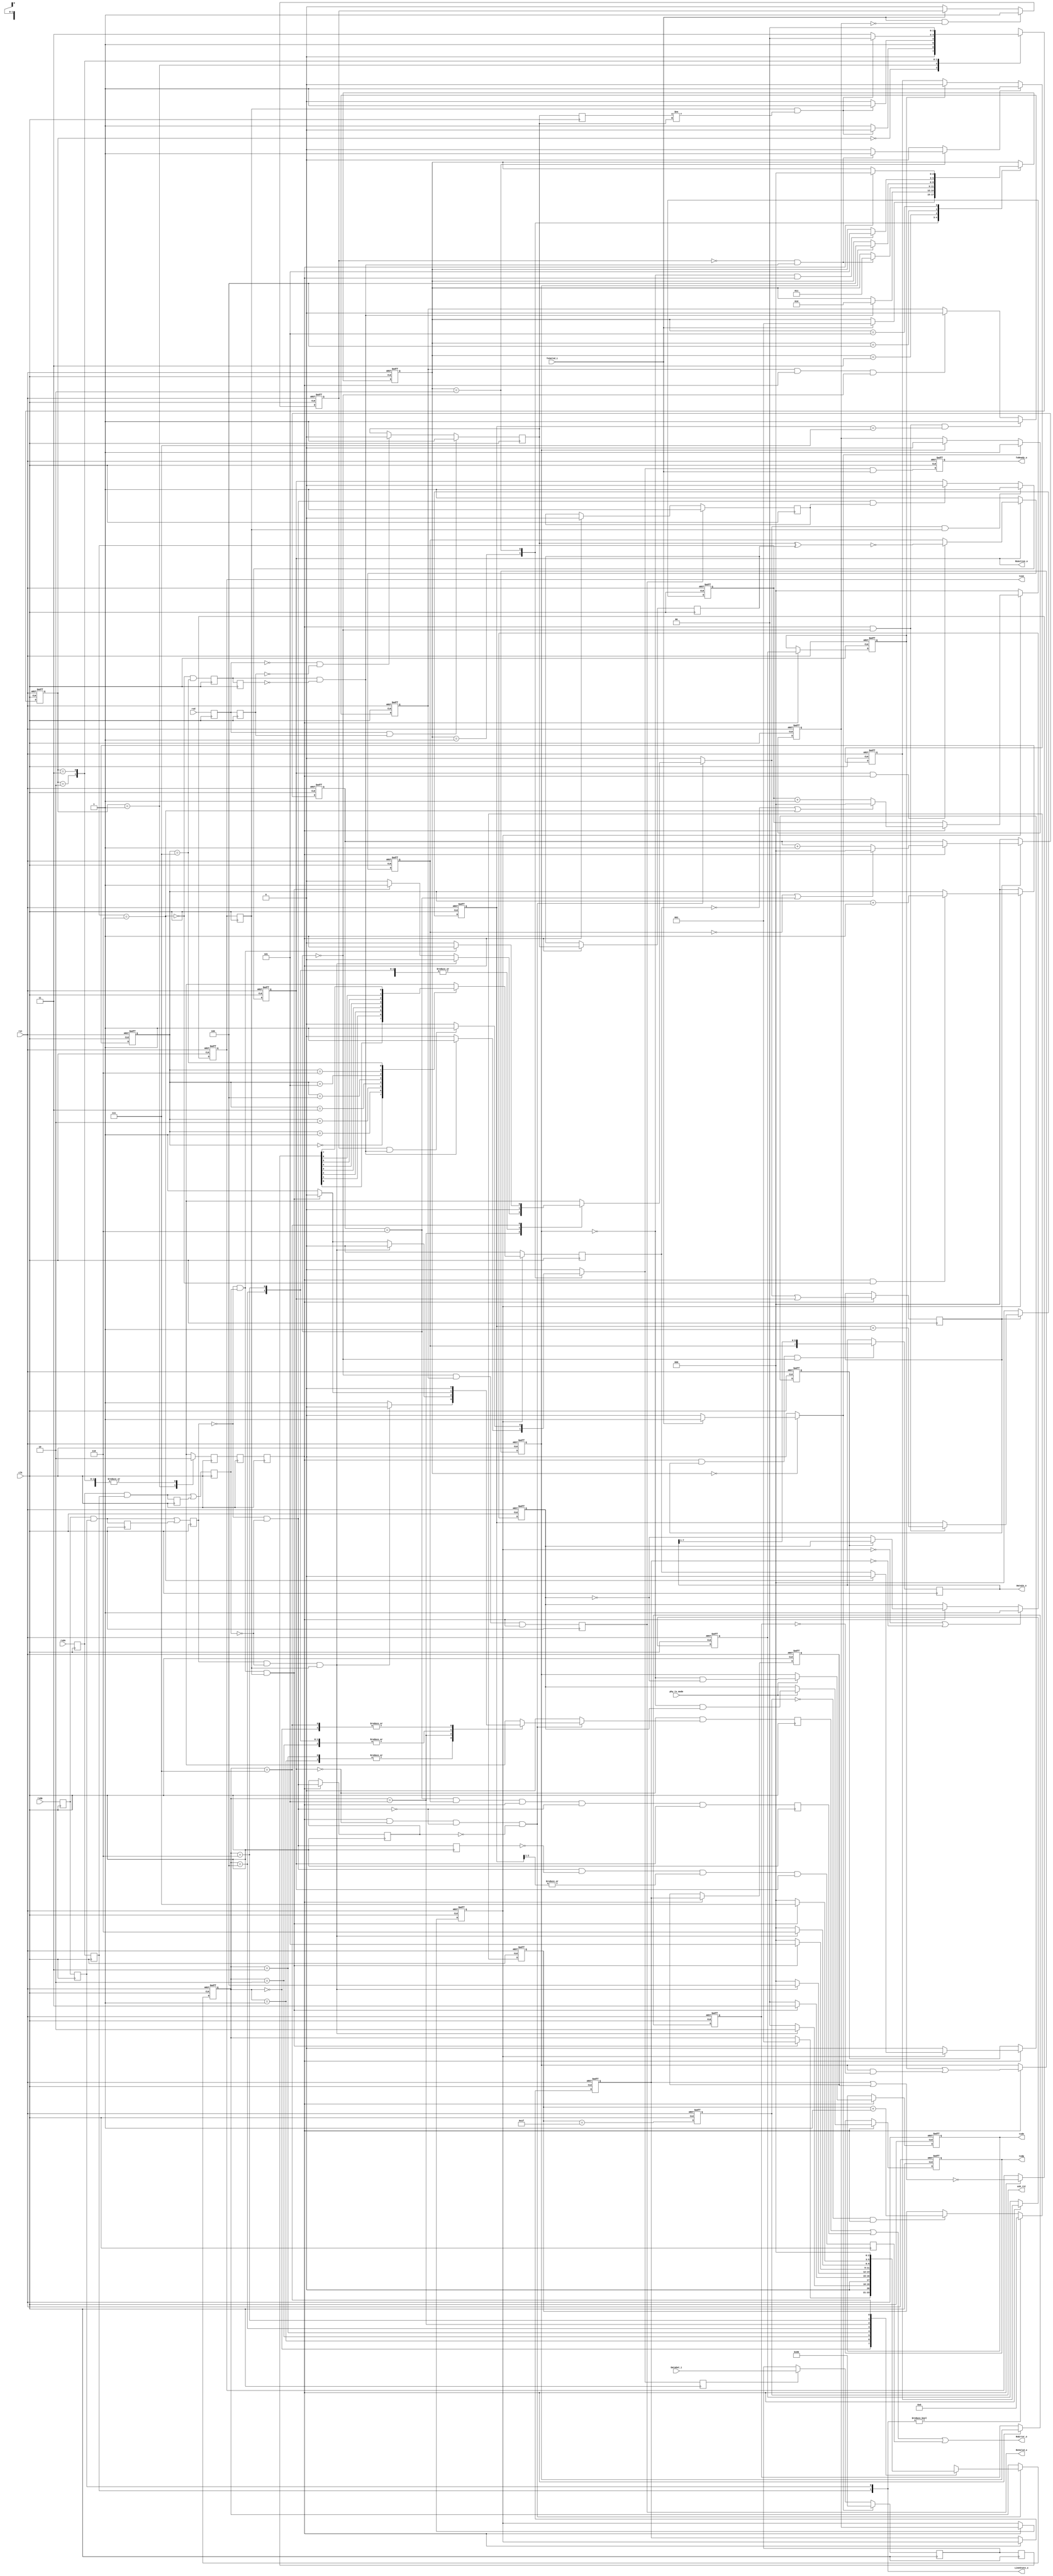
module usb_phy(
        clk,
        rst,
        phy_tx_mode,
        usb_rst,
        txdp,
        txdn,
        txoe,
        rxd,
        rxdp,
        rxdn,
        DataOut_i,
        TxValid_i,
        TxReady_o,
        RxValid_o,
        RxActive_o,
        RxError_o,
        DataIn_o,
        LineState_o
    );
    parameter i_tx_phy_IDLE  = 3'd0;
    parameter i_tx_phy_SOP  = 3'h1;
    parameter i_tx_phy_DATA  = 3'h2;
    parameter i_tx_phy_EOP1  = 3'h3;
    parameter i_tx_phy_EOP2  = 3'h4;
    parameter i_tx_phy_WAIT  = 3'h5;
    parameter i_rx_phy_FS_IDLE  = 3'h0;
    parameter i_rx_phy_K1  = 3'h1;
    parameter i_rx_phy_J1  = 3'h2;
    parameter i_rx_phy_K2  = 3'h3;
    parameter i_rx_phy_J2  = 3'h4;
    parameter i_rx_phy_K3  = 3'h5;
    parameter i_rx_phy_J3  = 3'h6;
    parameter i_rx_phy_K4  = 3'h7;
    input clk;
    input rst;
    input phy_tx_mode;
    output usb_rst;
    output txdp;
    output txdn;
    output txoe;
    input rxd;
    input rxdp;
    input rxdn;
    input [7:0]DataOut_i;
    input TxValid_i;
    output TxReady_o;
    output RxValid_o;
    output RxActive_o;
    output RxError_o;
    output [7:0]DataIn_o;
    output [1:0]LineState_o;
    reg [4:0]rst_cnt;
    reg usb_rst;
    reg i_tx_phy_TxReady_o;
    reg [2:0]i_tx_phy_state;
    reg [2:0]i_tx_phy_next_state;
    reg i_tx_phy_tx_ready_d;
    reg i_tx_phy_ld_sop_d;
    reg i_tx_phy_ld_data_d;
    reg i_tx_phy_ld_eop_d;
    reg i_tx_phy_tx_ip;
    reg i_tx_phy_tx_ip_sync;
    reg [2:0]i_tx_phy_bit_cnt;
    reg [7:0]i_tx_phy_hold_reg;
    reg [7:0]i_tx_phy_hold_reg_d;
    reg i_tx_phy_sd_raw_o;
    reg i_tx_phy_data_done;
    reg i_tx_phy_sft_done;
    reg i_tx_phy_sft_done_r;
    reg i_tx_phy_ld_data;
    reg [2:0]i_tx_phy_one_cnt;
    wire i_tx_phy_stuff;
    reg i_tx_phy_sd_bs_o;
    reg i_tx_phy_sd_nrzi_o;
    reg i_tx_phy_append_eop;
    reg i_tx_phy_append_eop_sync1;
    reg i_tx_phy_append_eop_sync2;
    reg i_tx_phy_append_eop_sync3;
    reg i_tx_phy_append_eop_sync4;
    reg i_tx_phy_txdp;
    reg i_tx_phy_txdn;
    reg i_tx_phy_txoe_r1;
    reg i_tx_phy_txoe_r2;
    reg i_tx_phy_txoe;
    reg i_rx_phy_rxd_s0;
    reg i_rx_phy_rxd_s1;
    reg i_rx_phy_rxd_s;
    reg i_rx_phy_rxdp_s0;
    reg i_rx_phy_rxdp_s1;
    reg i_rx_phy_rxdp_s;
    reg i_rx_phy_rxdp_s_r;
    reg i_rx_phy_rxdn_s0;
    reg i_rx_phy_rxdn_s1;
    reg i_rx_phy_rxdn_s;
    reg i_rx_phy_rxdn_s_r;
    reg i_rx_phy_synced_d;
    reg i_rx_phy_rxd_r;
    reg i_rx_phy_rx_en;
    reg i_rx_phy_rx_active;
    reg [2:0]i_rx_phy_bit_cnt;
    reg i_rx_phy_rx_valid1;
    reg i_rx_phy_rx_valid;
    reg i_rx_phy_shift_en;
    reg i_rx_phy_sd_r;
    reg i_rx_phy_sd_nrzi;
    reg [7:0]i_rx_phy_hold_reg;
    reg [2:0]i_rx_phy_one_cnt;
    reg [1:0]i_rx_phy_dpll_state;
    reg [1:0]i_rx_phy_dpll_next_state;
    reg i_rx_phy_fs_ce_d;
    reg i_rx_phy_fs_ce;
    reg [2:0]i_rx_phy_fs_state;
    reg [2:0]i_rx_phy_fs_next_state;
    reg i_rx_phy_rx_valid_r;
    reg i_rx_phy_sync_err_d;
    reg i_rx_phy_sync_err;
    reg i_rx_phy_bit_stuff_err;
    reg i_rx_phy_se0_r;
    reg i_rx_phy_byte_err;
    reg i_rx_phy_se0_s;
    reg i_rx_phy_fs_ce_r1;
    reg i_rx_phy_fs_ce_r2;
    always @ (  posedge clk or  negedge rst)
    begin
        if (  !( rst) ) 
        begin
            rst_cnt <= 5'h0;
        end
        else
        begin 
            if ( LineState_o != 2'h0 ) 
            begin
                rst_cnt <= 5'h0;
            end
            else
            begin 
                if (  !( usb_rst) && i_rx_phy_fs_ce ) 
                begin
                    rst_cnt <= ( rst_cnt + 5'h1 );
                end
            end
        end
    end
    always @ (  posedge clk or  negedge rst)
    begin
        if (  !( rst) ) 
        begin
            usb_rst <= 1'b0;
        end
        else
        begin 
            usb_rst <= ( rst_cnt == 5'h1f );
        end
    end
    assign txdp = i_tx_phy_txdp;
    assign txdn = i_tx_phy_txdn;
    assign txoe = i_tx_phy_txoe;
    assign TxReady_o = i_tx_phy_TxReady_o;
    always @ (  posedge clk or  negedge rst)
    begin
        if (  !( rst) ) 
        begin
            i_tx_phy_TxReady_o <= 1'b0;
        end
        else
        begin 
            i_tx_phy_TxReady_o <= ( i_tx_phy_tx_ready_d & TxValid_i );
        end
    end
    always @ (  posedge clk)
    begin
        i_tx_phy_ld_data <= i_tx_phy_ld_data_d;
    end
    always @ (  posedge clk or  negedge rst)
    begin
        if (  !( rst) ) 
        begin
            i_tx_phy_tx_ip <= 1'b0;
        end
        else
        begin 
            if ( i_tx_phy_ld_sop_d ) 
            begin
                i_tx_phy_tx_ip <= 1'b1;
            end
            else
            begin 
                if ( i_tx_phy_append_eop_sync3 ) 
                begin
                    i_tx_phy_tx_ip <= 1'b0;
                end
            end
        end
    end
    always @ (  posedge clk or  negedge rst)
    begin
        if (  !( rst) ) 
        begin
            i_tx_phy_tx_ip_sync <= 1'b0;
        end
        else
        begin 
            if ( i_rx_phy_fs_ce ) 
            begin
                i_tx_phy_tx_ip_sync <= i_tx_phy_tx_ip;
            end
        end
    end
    always @ (  posedge clk or  negedge rst)
    begin
        if (  !( rst) ) 
        begin
            i_tx_phy_data_done <= 1'b0;
        end
        else
        begin 
            if ( TxValid_i &&  !( i_tx_phy_tx_ip) ) 
            begin
                i_tx_phy_data_done <= 1'b1;
            end
            else
            begin 
                if (  !( TxValid_i) ) 
                begin
                    i_tx_phy_data_done <= 1'b0;
                end
            end
        end
    end
    always @ (  posedge clk or  negedge rst)
    begin
        if (  !( rst) ) 
        begin
            i_tx_phy_bit_cnt <= 3'h0;
        end
        else
        begin 
            if (  !( i_tx_phy_tx_ip_sync) ) 
            begin
                i_tx_phy_bit_cnt <= 3'h0;
            end
            else
            begin 
                if ( i_rx_phy_fs_ce &&  !( i_tx_phy_stuff) ) 
                begin
                    i_tx_phy_bit_cnt <= ( i_tx_phy_bit_cnt + 3'h1 );
                end
            end
        end
    end
    always @ (  posedge clk)
    begin
        if (  !( i_tx_phy_tx_ip_sync) ) 
        begin
            i_tx_phy_sd_raw_o <= 1'b0;
        end
        else
        begin 
            case ( i_tx_phy_bit_cnt ) 
            3'h0:
            begin
                i_tx_phy_sd_raw_o <= i_tx_phy_hold_reg_d[0];
            end
            3'h1:
            begin
                i_tx_phy_sd_raw_o <= i_tx_phy_hold_reg_d[1];
            end
            3'h2:
            begin
                i_tx_phy_sd_raw_o <= i_tx_phy_hold_reg_d[2];
            end
            3'h3:
            begin
                i_tx_phy_sd_raw_o <= i_tx_phy_hold_reg_d[3];
            end
            3'h4:
            begin
                i_tx_phy_sd_raw_o <= i_tx_phy_hold_reg_d[4];
            end
            3'h5:
            begin
                i_tx_phy_sd_raw_o <= i_tx_phy_hold_reg_d[5];
            end
            3'h6:
            begin
                i_tx_phy_sd_raw_o <= i_tx_phy_hold_reg_d[6];
            end
            3'h7:
            begin
                i_tx_phy_sd_raw_o <= i_tx_phy_hold_reg_d[7];
            end
            endcase
        end
    end
    always @ (  posedge clk)
    begin
        i_tx_phy_sft_done <= (  !( ( i_tx_phy_one_cnt == 3'h6 )) & ( i_tx_phy_bit_cnt == 3'h7 ) );
    end
    always @ (  posedge clk)
    begin
        i_tx_phy_sft_done_r <= i_tx_phy_sft_done;
    end
    always @ (  posedge clk)
    begin
        if ( i_tx_phy_ld_sop_d ) 
        begin
            i_tx_phy_hold_reg <= 8'h80;
        end
        else
        begin 
            if ( i_tx_phy_ld_data ) 
            begin
                i_tx_phy_hold_reg <= DataOut_i;
            end
        end
    end
    always @ (  posedge clk)
    begin
        i_tx_phy_hold_reg_d <= i_tx_phy_hold_reg;
    end
    always @ (  posedge clk or  negedge rst)
    begin
        if (  !( rst) ) 
        begin
            i_tx_phy_one_cnt <= 3'h0;
        end
        else
        begin 
            if (  !( i_tx_phy_tx_ip_sync) ) 
            begin
                i_tx_phy_one_cnt <= 3'h0;
            end
            else
            begin 
                if ( i_rx_phy_fs_ce ) 
                begin
                    if (  !( i_tx_phy_sd_raw_o) || ( i_tx_phy_one_cnt == 3'h6 ) ) 
                    begin
                        i_tx_phy_one_cnt <= 3'h0;
                    end
                    else
                    begin 
                        i_tx_phy_one_cnt <= ( i_tx_phy_one_cnt + 3'h1 );
                    end
                end
            end
        end
    end
    assign i_tx_phy_stuff = ( i_tx_phy_one_cnt == 3'h6 );
    always @ (  posedge clk or  negedge rst)
    begin
        if (  !( rst) ) 
        begin
            i_tx_phy_sd_bs_o <= 1'h0;
        end
        else
        begin 
            if ( i_rx_phy_fs_ce ) 
            begin
                i_tx_phy_sd_bs_o <= ( (  !( i_tx_phy_tx_ip_sync) ) ? ( 1'b0 ) : ( ( ( ( i_tx_phy_one_cnt == 3'h6 ) ) ? ( 1'b0 ) : ( i_tx_phy_sd_raw_o ) ) ) );
            end
        end
    end
    always @ (  posedge clk or  negedge rst)
    begin
        if (  !( rst) ) 
        begin
            i_tx_phy_sd_nrzi_o <= 1'b1;
        end
        else
        begin 
            if (  !( i_tx_phy_tx_ip_sync) ||  !( i_tx_phy_txoe_r1) ) 
            begin
                i_tx_phy_sd_nrzi_o <= 1'b1;
            end
            else
            begin 
                if ( i_rx_phy_fs_ce ) 
                begin
                    i_tx_phy_sd_nrzi_o <= ( ( i_tx_phy_sd_bs_o ) ? ( i_tx_phy_sd_nrzi_o ) : (  ~( i_tx_phy_sd_nrzi_o) ) );
                end
            end
        end
    end
    always @ (  posedge clk or  negedge rst)
    begin
        if (  !( rst) ) 
        begin
            i_tx_phy_append_eop <= 1'b0;
        end
        else
        begin 
            if ( i_tx_phy_ld_eop_d ) 
            begin
                i_tx_phy_append_eop <= 1'b1;
            end
            else
            begin 
                if ( i_tx_phy_append_eop_sync2 ) 
                begin
                    i_tx_phy_append_eop <= 1'b0;
                end
            end
        end
    end
    always @ (  posedge clk or  negedge rst)
    begin
        if (  !( rst) ) 
        begin
            i_tx_phy_append_eop_sync1 <= 1'b0;
        end
        else
        begin 
            if ( i_rx_phy_fs_ce ) 
            begin
                i_tx_phy_append_eop_sync1 <= i_tx_phy_append_eop;
            end
        end
    end
    always @ (  posedge clk or  negedge rst)
    begin
        if (  !( rst) ) 
        begin
            i_tx_phy_append_eop_sync2 <= 1'b0;
        end
        else
        begin 
            if ( i_rx_phy_fs_ce ) 
            begin
                i_tx_phy_append_eop_sync2 <= i_tx_phy_append_eop_sync1;
            end
        end
    end
    always @ (  posedge clk or  negedge rst)
    begin
        if (  !( rst) ) 
        begin
            i_tx_phy_append_eop_sync3 <= 1'b0;
        end
        else
        begin 
            if ( i_rx_phy_fs_ce ) 
            begin
                i_tx_phy_append_eop_sync3 <= ( i_tx_phy_append_eop_sync2 | ( i_tx_phy_append_eop_sync3 &  !( i_tx_phy_append_eop_sync4) ) );
            end
        end
    end
    always @ (  posedge clk or  negedge rst)
    begin
        if (  !( rst) ) 
        begin
            i_tx_phy_append_eop_sync4 <= 1'b0;
        end
        else
        begin 
            if ( i_rx_phy_fs_ce ) 
            begin
                i_tx_phy_append_eop_sync4 <= i_tx_phy_append_eop_sync3;
            end
        end
    end
    always @ (  posedge clk or  negedge rst)
    begin
        if (  !( rst) ) 
        begin
            i_tx_phy_txoe_r1 <= 1'b0;
        end
        else
        begin 
            if ( i_rx_phy_fs_ce ) 
            begin
                i_tx_phy_txoe_r1 <= i_tx_phy_tx_ip_sync;
            end
        end
    end
    always @ (  posedge clk or  negedge rst)
    begin
        if (  !( rst) ) 
        begin
            i_tx_phy_txoe_r2 <= 1'b0;
        end
        else
        begin 
            if ( i_rx_phy_fs_ce ) 
            begin
                i_tx_phy_txoe_r2 <= i_tx_phy_txoe_r1;
            end
        end
    end
    always @ (  posedge clk or  negedge rst)
    begin
        if (  !( rst) ) 
        begin
            i_tx_phy_txoe <= 1'b1;
        end
        else
        begin 
            if ( i_rx_phy_fs_ce ) 
            begin
                i_tx_phy_txoe <=  !( ( i_tx_phy_txoe_r1 | i_tx_phy_txoe_r2 ));
            end
        end
    end
    always @ (  posedge clk or  negedge rst)
    begin
        if (  !( rst) ) 
        begin
            i_tx_phy_txdp <= 1'b1;
        end
        else
        begin 
            if ( i_rx_phy_fs_ce ) 
            begin
                i_tx_phy_txdp <= ( ( phy_tx_mode ) ? ( (  !( i_tx_phy_append_eop_sync3) & i_tx_phy_sd_nrzi_o ) ) : ( i_tx_phy_sd_nrzi_o ) );
            end
        end
    end
    always @ (  posedge clk or  negedge rst)
    begin
        if (  !( rst) ) 
        begin
            i_tx_phy_txdn <= 1'b0;
        end
        else
        begin 
            if ( i_rx_phy_fs_ce ) 
            begin
                i_tx_phy_txdn <= ( ( phy_tx_mode ) ? ( (  !( i_tx_phy_append_eop_sync3) &  ~( i_tx_phy_sd_nrzi_o) ) ) : ( i_tx_phy_append_eop_sync3 ) );
            end
        end
    end
    always @ (  posedge clk or  negedge rst)
    begin
        if (  !( rst) ) 
        begin
            i_tx_phy_state <= i_tx_phy_IDLE;
        end
        else
        begin 
            i_tx_phy_state <= i_tx_phy_next_state;
        end
    end
    always @ (  i_tx_phy_state or  TxValid_i or  i_tx_phy_data_done or  ( i_tx_phy_sft_done &  !( i_tx_phy_sft_done_r) ) or  i_tx_phy_append_eop_sync3 or  i_rx_phy_fs_ce)
    begin
        i_tx_phy_next_state = i_tx_phy_state;
        i_tx_phy_tx_ready_d = 1'b0;
        i_tx_phy_ld_sop_d = 1'b0;
        i_tx_phy_ld_data_d = 1'b0;
        i_tx_phy_ld_eop_d = 1'b0;
        case ( i_tx_phy_state ) 
        i_tx_phy_IDLE:
        begin
            if ( TxValid_i ) 
            begin
                i_tx_phy_ld_sop_d = 1'b1;
                i_tx_phy_next_state = i_tx_phy_SOP;
            end
        end
        i_tx_phy_SOP:
        begin
            if ( i_tx_phy_sft_done &  !( i_tx_phy_sft_done_r) ) 
            begin
                i_tx_phy_tx_ready_d = 1'b1;
                i_tx_phy_ld_data_d = 1'b1;
                i_tx_phy_next_state = i_tx_phy_DATA;
            end
        end
        i_tx_phy_DATA:
        begin
            if (  !( i_tx_phy_data_done) && ( i_tx_phy_sft_done &  !( i_tx_phy_sft_done_r) ) ) 
            begin
                i_tx_phy_ld_eop_d = 1'b1;
                i_tx_phy_next_state = i_tx_phy_EOP1;
            end
            if ( i_tx_phy_data_done && ( i_tx_phy_sft_done &  !( i_tx_phy_sft_done_r) ) ) 
            begin
                i_tx_phy_tx_ready_d = 1'b1;
                i_tx_phy_ld_data_d = 1'b1;
            end
        end
        i_tx_phy_EOP1:
        begin
            if ( i_tx_phy_append_eop_sync3 ) 
            begin
                i_tx_phy_next_state = i_tx_phy_EOP2;
            end
        end
        i_tx_phy_EOP2:
        begin
            if (  !( i_tx_phy_append_eop_sync3) && i_rx_phy_fs_ce ) 
            begin
                i_tx_phy_next_state = i_tx_phy_WAIT;
            end
        end
        i_tx_phy_WAIT:
        begin
            if ( i_rx_phy_fs_ce ) 
            begin
                i_tx_phy_next_state = i_tx_phy_IDLE;
            end
        end
        endcase
    end
    assign DataIn_o = i_rx_phy_hold_reg;
    assign RxValid_o = i_rx_phy_rx_valid;
    assign RxActive_o = i_rx_phy_rx_active;
    assign RxError_o = ( ( i_rx_phy_sync_err | i_rx_phy_bit_stuff_err ) | i_rx_phy_byte_err );
    assign LineState_o = { i_rx_phy_rxdn_s1, i_rx_phy_rxdp_s1 };
    always @ (  posedge clk)
    begin
        i_rx_phy_rx_en <= txoe;
    end
    always @ (  posedge clk)
    begin
        i_rx_phy_sync_err <= (  !( i_rx_phy_rx_active) & i_rx_phy_sync_err_d );
    end
    always @ (  posedge clk)
    begin
        i_rx_phy_rxd_s0 <= rxd;
    end
    always @ (  posedge clk)
    begin
        i_rx_phy_rxd_s1 <= i_rx_phy_rxd_s0;
    end
    always @ (  posedge clk)
    begin
        if ( i_rx_phy_rxd_s0 && i_rx_phy_rxd_s1 ) 
        begin
            i_rx_phy_rxd_s <= 1'b1;
        end
        else
        begin 
            if (  !( i_rx_phy_rxd_s0) &&  !( i_rx_phy_rxd_s1) ) 
            begin
                i_rx_phy_rxd_s <= 1'b0;
            end
        end
    end
    always @ (  posedge clk)
    begin
        i_rx_phy_rxdp_s0 <= rxdp;
    end
    always @ (  posedge clk)
    begin
        i_rx_phy_rxdp_s1 <= i_rx_phy_rxdp_s0;
    end
    always @ (  posedge clk)
    begin
        i_rx_phy_rxdp_s_r <= ( i_rx_phy_rxdp_s0 & i_rx_phy_rxdp_s1 );
    end
    always @ (  posedge clk)
    begin
        i_rx_phy_rxdp_s <= ( ( i_rx_phy_rxdp_s0 & i_rx_phy_rxdp_s1 ) | i_rx_phy_rxdp_s_r );
    end
    always @ (  posedge clk)
    begin
        i_rx_phy_rxdn_s0 <= rxdn;
    end
    always @ (  posedge clk)
    begin
        i_rx_phy_rxdn_s1 <= i_rx_phy_rxdn_s0;
    end
    always @ (  posedge clk)
    begin
        i_rx_phy_rxdn_s_r <= ( i_rx_phy_rxdn_s0 & i_rx_phy_rxdn_s1 );
    end
    always @ (  posedge clk)
    begin
        i_rx_phy_rxdn_s <= ( ( i_rx_phy_rxdn_s0 & i_rx_phy_rxdn_s1 ) | i_rx_phy_rxdn_s_r );
    end
    always @ (  posedge clk)
    begin
        if ( i_rx_phy_fs_ce ) 
        begin
            i_rx_phy_se0_s <= (  !( i_rx_phy_rxdp_s) &  !( i_rx_phy_rxdn_s) );
        end
    end
    always @ (  posedge clk)
    begin
        i_rx_phy_rxd_r <= i_rx_phy_rxd_s;
    end
    always @ (  posedge clk or  negedge rst)
    begin
        if (  !( rst) ) 
        begin
            i_rx_phy_dpll_state <= 2'h1;
        end
        else
        begin 
            i_rx_phy_dpll_state <= i_rx_phy_dpll_next_state;
        end
    end
    always @ (  i_rx_phy_dpll_state or  i_rx_phy_rx_en or  ( i_rx_phy_rxd_r != i_rx_phy_rxd_s ))
    begin
        i_rx_phy_fs_ce_d = 1'b0;
        case ( i_rx_phy_dpll_state ) 
        2'h0:
        begin
            if ( i_rx_phy_rx_en && ( i_rx_phy_rxd_r != i_rx_phy_rxd_s ) ) 
            begin
                i_rx_phy_dpll_next_state = 2'h0;
            end
            else
            begin 
                i_rx_phy_dpll_next_state = 2'h1;
            end
        end
        2'h1:
        begin
            i_rx_phy_fs_ce_d = 1'b1;
            if ( i_rx_phy_rx_en && ( i_rx_phy_rxd_r != i_rx_phy_rxd_s ) ) 
            begin
                i_rx_phy_dpll_next_state = 2'h3;
            end
            else
            begin 
                i_rx_phy_dpll_next_state = 2'h2;
            end
        end
        2'h2:
        begin
            if ( i_rx_phy_rx_en && ( i_rx_phy_rxd_r != i_rx_phy_rxd_s ) ) 
            begin
                i_rx_phy_dpll_next_state = 2'h0;
            end
            else
            begin 
                i_rx_phy_dpll_next_state = 2'h3;
            end
        end
        2'h3:
        begin
            if ( i_rx_phy_rx_en && ( i_rx_phy_rxd_r != i_rx_phy_rxd_s ) ) 
            begin
                i_rx_phy_dpll_next_state = 2'h0;
            end
            else
            begin 
                i_rx_phy_dpll_next_state = 2'h0;
            end
        end
        endcase
    end
    always @ (  posedge clk)
    begin
        i_rx_phy_fs_ce_r1 <= i_rx_phy_fs_ce_d;
    end
    always @ (  posedge clk)
    begin
        i_rx_phy_fs_ce_r2 <= i_rx_phy_fs_ce_r1;
    end
    always @ (  posedge clk)
    begin
        i_rx_phy_fs_ce <= i_rx_phy_fs_ce_r2;
    end
    always @ (  posedge clk or  negedge rst)
    begin
        if (  !( rst) ) 
        begin
            i_rx_phy_fs_state <= i_rx_phy_FS_IDLE;
        end
        else
        begin 
            i_rx_phy_fs_state <= i_rx_phy_fs_next_state;
        end
    end
    always @ (  i_rx_phy_fs_state or  i_rx_phy_fs_ce or  (  !( i_rx_phy_rxdp_s) & i_rx_phy_rxdn_s ) or  ( i_rx_phy_rxdp_s &  !( i_rx_phy_rxdn_s) ) or  i_rx_phy_rx_en or  i_rx_phy_rx_active or  (  !( i_rx_phy_rxdp_s) &  !( i_rx_phy_rxdn_s) ) or  i_rx_phy_se0_s)
    begin
        i_rx_phy_synced_d = 1'b0;
        i_rx_phy_sync_err_d = 1'b0;
        i_rx_phy_fs_next_state = i_rx_phy_fs_state;
        if ( ( ( i_rx_phy_fs_ce &&  !( i_rx_phy_rx_active) ) &&  !( (  !( i_rx_phy_rxdp_s) &  !( i_rx_phy_rxdn_s) )) ) &&  !( i_rx_phy_se0_s) ) 
        begin
            case ( i_rx_phy_fs_state ) 
            i_rx_phy_FS_IDLE:
            begin
                if ( (  !( i_rx_phy_rxdp_s) & i_rx_phy_rxdn_s ) && i_rx_phy_rx_en ) 
                begin
                    i_rx_phy_fs_next_state = i_rx_phy_K1;
                end
            end
            i_rx_phy_K1:
            begin
                if ( ( i_rx_phy_rxdp_s &  !( i_rx_phy_rxdn_s) ) && i_rx_phy_rx_en ) 
                begin
                    i_rx_phy_fs_next_state = i_rx_phy_J1;
                end
                else
                begin 
                    i_rx_phy_sync_err_d = 1'b1;
                    i_rx_phy_fs_next_state = i_rx_phy_FS_IDLE;
                end
            end
            i_rx_phy_J1:
            begin
                if ( (  !( i_rx_phy_rxdp_s) & i_rx_phy_rxdn_s ) && i_rx_phy_rx_en ) 
                begin
                    i_rx_phy_fs_next_state = i_rx_phy_K2;
                end
                else
                begin 
                    i_rx_phy_sync_err_d = 1'b1;
                    i_rx_phy_fs_next_state = i_rx_phy_FS_IDLE;
                end
            end
            i_rx_phy_K2:
            begin
                if ( ( i_rx_phy_rxdp_s &  !( i_rx_phy_rxdn_s) ) && i_rx_phy_rx_en ) 
                begin
                    i_rx_phy_fs_next_state = i_rx_phy_J2;
                end
                else
                begin 
                    i_rx_phy_sync_err_d = 1'b1;
                    i_rx_phy_fs_next_state = i_rx_phy_FS_IDLE;
                end
            end
            i_rx_phy_J2:
            begin
                if ( (  !( i_rx_phy_rxdp_s) & i_rx_phy_rxdn_s ) && i_rx_phy_rx_en ) 
                begin
                    i_rx_phy_fs_next_state = i_rx_phy_K3;
                end
                else
                begin 
                    i_rx_phy_sync_err_d = 1'b1;
                    i_rx_phy_fs_next_state = i_rx_phy_FS_IDLE;
                end
            end
            i_rx_phy_K3:
            begin
                if ( ( i_rx_phy_rxdp_s &  !( i_rx_phy_rxdn_s) ) && i_rx_phy_rx_en ) 
                begin
                    i_rx_phy_fs_next_state = i_rx_phy_J3;
                end
                else
                begin 
                    if ( (  !( i_rx_phy_rxdp_s) & i_rx_phy_rxdn_s ) && i_rx_phy_rx_en ) 
                    begin
                        i_rx_phy_fs_next_state = i_rx_phy_FS_IDLE;
                        i_rx_phy_synced_d = 1'b1;
                    end
                    else
                    begin 
                        i_rx_phy_sync_err_d = 1'b1;
                        i_rx_phy_fs_next_state = i_rx_phy_FS_IDLE;
                    end
                end
            end
            i_rx_phy_J3:
            begin
                if ( (  !( i_rx_phy_rxdp_s) & i_rx_phy_rxdn_s ) && i_rx_phy_rx_en ) 
                begin
                    i_rx_phy_fs_next_state = i_rx_phy_K4;
                end
                else
                begin 
                    i_rx_phy_sync_err_d = 1'b1;
                    i_rx_phy_fs_next_state = i_rx_phy_FS_IDLE;
                end
            end
            i_rx_phy_K4:
            begin
                if (  !( i_rx_phy_rxdp_s) & i_rx_phy_rxdn_s ) 
                begin
                    i_rx_phy_synced_d = 1'b1;
                end
                i_rx_phy_fs_next_state = i_rx_phy_FS_IDLE;
            end
            endcase
        end
    end
    always @ (  posedge clk or  negedge rst)
    begin
        if (  !( rst) ) 
        begin
            i_rx_phy_rx_active <= 1'b0;
        end
        else
        begin 
            if ( i_rx_phy_synced_d && i_rx_phy_rx_en ) 
            begin
                i_rx_phy_rx_active <= 1'b1;
            end
            else
            begin 
                if ( (  !( i_rx_phy_rxdp_s) &  !( i_rx_phy_rxdn_s) ) && i_rx_phy_rx_valid_r ) 
                begin
                    i_rx_phy_rx_active <= 1'b0;
                end
            end
        end
    end
    always @ (  posedge clk)
    begin
        if ( i_rx_phy_rx_valid ) 
        begin
            i_rx_phy_rx_valid_r <= 1'b1;
        end
        else
        begin 
            if ( i_rx_phy_fs_ce ) 
            begin
                i_rx_phy_rx_valid_r <= 1'b0;
            end
        end
    end
    always @ (  posedge clk)
    begin
        if ( i_rx_phy_fs_ce ) 
        begin
            i_rx_phy_sd_r <= i_rx_phy_rxd_s;
        end
    end
    always @ (  posedge clk or  negedge rst)
    begin
        if (  !( rst) ) 
        begin
            i_rx_phy_sd_nrzi <= 1'b0;
        end
        else
        begin 
            if (  !( i_rx_phy_rx_active) ) 
            begin
                i_rx_phy_sd_nrzi <= 1'b1;
            end
            else
            begin 
                if ( i_rx_phy_rx_active && i_rx_phy_fs_ce ) 
                begin
                    i_rx_phy_sd_nrzi <=  !( ( i_rx_phy_rxd_s ^ i_rx_phy_sd_r ));
                end
            end
        end
    end
    always @ (  posedge clk or  negedge rst)
    begin
        if (  !( rst) ) 
        begin
            i_rx_phy_one_cnt <= 3'h0;
        end
        else
        begin 
            if (  !( i_rx_phy_shift_en) ) 
            begin
                i_rx_phy_one_cnt <= 3'h0;
            end
            else
            begin 
                if ( i_rx_phy_fs_ce ) 
                begin
                    if (  !( i_rx_phy_sd_nrzi) || ( i_rx_phy_one_cnt == 3'h6 ) ) 
                    begin
                        i_rx_phy_one_cnt <= 3'h0;
                    end
                    else
                    begin 
                        i_rx_phy_one_cnt <= ( i_rx_phy_one_cnt + 3'h1 );
                    end
                end
            end
        end
    end
    always @ (  posedge clk)
    begin
        i_rx_phy_bit_stuff_err <= ( ( ( ( ( i_rx_phy_one_cnt == 3'h6 ) & i_rx_phy_sd_nrzi ) & i_rx_phy_fs_ce ) &  !( (  !( i_rx_phy_rxdp_s) &  !( i_rx_phy_rxdn_s) )) ) & i_rx_phy_rx_active );
    end
    always @ (  posedge clk)
    begin
        if ( i_rx_phy_fs_ce ) 
        begin
            i_rx_phy_shift_en <= ( i_rx_phy_synced_d | i_rx_phy_rx_active );
        end
    end
    always @ (  posedge clk)
    begin
        if ( ( i_rx_phy_fs_ce && i_rx_phy_shift_en ) &&  !( ( i_rx_phy_one_cnt == 3'h6 )) ) 
        begin
            i_rx_phy_hold_reg <= { i_rx_phy_sd_nrzi, i_rx_phy_hold_reg[7:1] };
        end
    end
    always @ (  posedge clk or  negedge rst)
    begin
        if (  !( rst) ) 
        begin
            i_rx_phy_bit_cnt <= 3'b0;
        end
        else
        begin 
            if (  !( i_rx_phy_shift_en) ) 
            begin
                i_rx_phy_bit_cnt <= 3'h0;
            end
            else
            begin 
                if ( i_rx_phy_fs_ce &&  !( ( i_rx_phy_one_cnt == 3'h6 )) ) 
                begin
                    i_rx_phy_bit_cnt <= ( i_rx_phy_bit_cnt + 3'h1 );
                end
            end
        end
    end
    always @ (  posedge clk or  negedge rst)
    begin
        if (  !( rst) ) 
        begin
            i_rx_phy_rx_valid1 <= 1'b0;
        end
        else
        begin 
            if ( ( i_rx_phy_fs_ce &&  !( ( i_rx_phy_one_cnt == 3'h6 )) ) && ( i_rx_phy_bit_cnt == 3'h7 ) ) 
            begin
                i_rx_phy_rx_valid1 <= 1'b1;
            end
            else
            begin 
                if ( ( i_rx_phy_rx_valid1 && i_rx_phy_fs_ce ) &&  !( ( i_rx_phy_one_cnt == 3'h6 )) ) 
                begin
                    i_rx_phy_rx_valid1 <= 1'b0;
                end
            end
        end
    end
    always @ (  posedge clk)
    begin
        i_rx_phy_rx_valid <= ( (  !( ( i_rx_phy_one_cnt == 3'h6 )) & i_rx_phy_rx_valid1 ) & i_rx_phy_fs_ce );
    end
    always @ (  posedge clk)
    begin
        i_rx_phy_se0_r <= (  !( i_rx_phy_rxdp_s) &  !( i_rx_phy_rxdn_s) );
    end
    always @ (  posedge clk)
    begin
        i_rx_phy_byte_err <= ( ( ( (  !( i_rx_phy_rxdp_s) &  !( i_rx_phy_rxdn_s) ) &  !( i_rx_phy_se0_r) ) &  |( i_rx_phy_bit_cnt[2:1]) ) & i_rx_phy_rx_active );
    end
endmodule